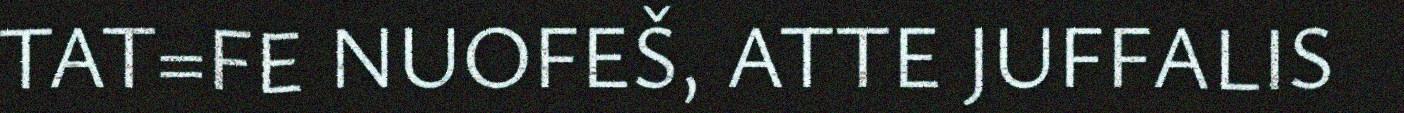
TAT=FE NUOFEŠ, ATTE JUFFALIS